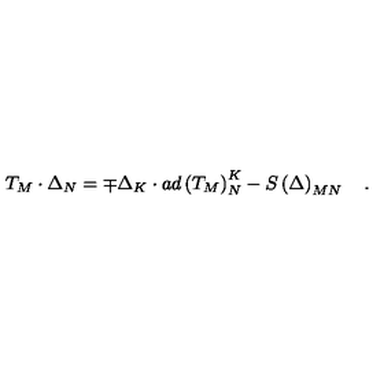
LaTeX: T _ { M } \cdot \Delta _ { N } = \mp \Delta _ { K } \cdot a d \left( T _ { M } \right) _ { N } ^ { K } - S \left( \Delta \right) _ { M N } \quad .